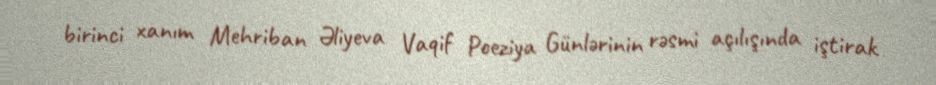
birinci xanım Mehriban Əliyeva Vaqif Poeziya Günlərinin rəsmi açılışında iştirak